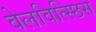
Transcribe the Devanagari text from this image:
वेलवित्स्छिस